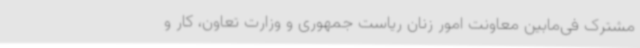
مشترک فی‌مابین معاونت امور زنان ریاست جمهوری و وزارت تعاون، کار و